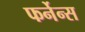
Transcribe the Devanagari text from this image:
फर्नेन्स